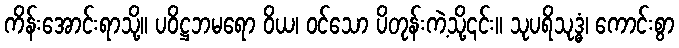
ကိန်းအောင်းရာသို့။ ပဝိဋ္ဌဘမရော ဝိယ၊ ဝင်သော ပိတုန်းကဲ့သို့၎င်း။ သုပရိသုဒ္ဓံ၊ ကောင်းစွာ